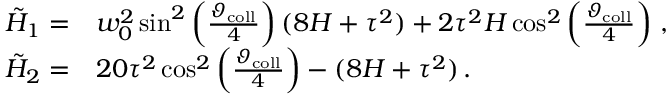
\begin{array} { r l } { \tilde { H } _ { 1 } = } & { { } w _ { 0 } ^ { 2 } \sin ^ { 2 } \left( \frac { \vartheta _ { \mathrm { c o l l } } } { 4 } \right) ( 8 H + \tau ^ { 2 } ) + 2 \tau ^ { 2 } H \cos ^ { 2 } \left( \frac { \vartheta _ { \mathrm { c o l l } } } { 4 } \right) \, , } \\ { \tilde { H } _ { 2 } = } & { { } 2 0 \tau ^ { 2 } \cos ^ { 2 } \left( \frac { \vartheta _ { \mathrm { c o l l } } } { 4 } \right) - ( 8 H + \tau ^ { 2 } ) \, . } \end{array}